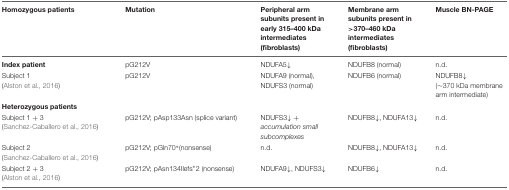
<table><thead><tr><td><b>Homozygous patients</b></td><td><b>Mutation</b></td><td><b>Peripheral arm subunits present in early 315–400 kDa intermediates (fibroblasts)</b></td><td><b>Membrane arm subunits present in &gt;370–460 kDa intermediates (fibroblasts)</b></td><td><b>Muscle BN-PAGE</b></td></tr></thead><tbody><tr><td><b>Index patient</b></td><td>pG212V</td><td>NDUFA5↓</td><td>NDUFB8 (normal)</td><td>n.d.</td></tr><tr><td>Subject 1 (Alston et al., 2016)</td><td>pG212V</td><td>NDUFA9 (normal), NDUFS3 (normal)</td><td>NDUFB6 (normal)</td><td>NDUFB8↓ (∼370 kDa membrane arm intermediate)</td></tr><tr><td><b>Heterozygous patients</b></td><td></td><td></td><td></td><td></td></tr><tr><td>Subject 1 + 3 (Sanchez-Caballero et al., 2016)</td><td>pG212V; pAsp133Asn (splice variant)</td><td>NDUFS3↓ + <i>accumulation small subcomplexes</i></td><td>NDUFB8↓, NDUFA13↓</td><td>n.d.</td></tr><tr><td>Subject 2 (Sanchez-Caballero et al., 2016)</td><td>pG212V; pGln70<sup>∗</sup>(nonsense)</td><td>n.d.</td><td>NDUFB8↓, NDUFA13↓</td><td>n.d.</td></tr><tr><td>Subject 2 + 3 (Alston et al., 2016)</td><td>pG212V; pAsn134Ilefs<sup>∗</sup>2 (nonsense)</td><td>NDUFA9↓, NDUFS3↓</td><td>NDUFB6↓</td><td>n.d.</td></tr></tbody></table>